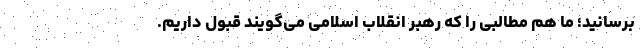
برسانید؛ ما هم مطالبی را که رهبر انقلاب اسلامی می‌گویند قبول داریم.